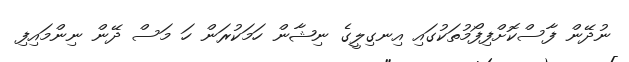
ނުދޭން ފާސްކޮށްފިފޯމުތަކުގައި އިނގިލީގެ ނިޝާން ހަމަކުރަން ހަ މަސް ދޭން ނިންމައިފި